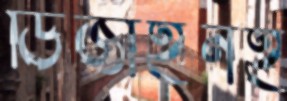
ডিজাইনই